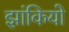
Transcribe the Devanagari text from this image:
झांकियो